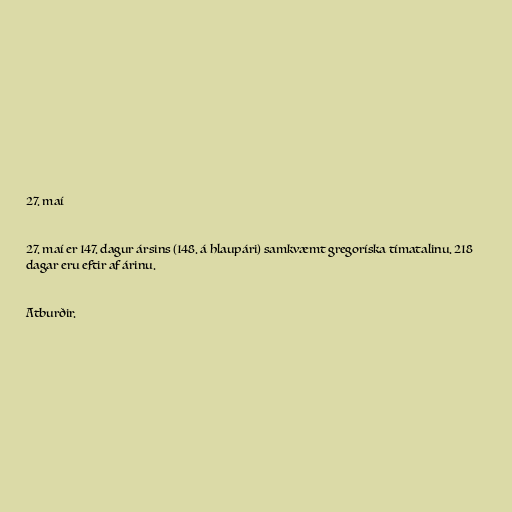
27. maí

27. maí er 147. dagur ársins (148. á hlaupári) samkvæmt gregoríska tímatalinu. 218
dagar eru eftir af árinu.

Atburðir.